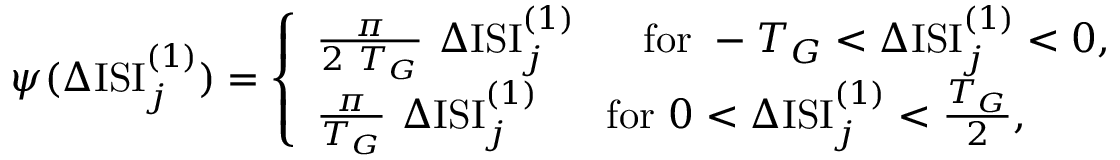
\psi ( \Delta \mathrm { I S I } _ { j } ^ { ( 1 ) } ) = \left\{ \begin{array} { l } { \frac { \pi } { 2 ~ T _ { G } } ~ \Delta \mathrm { I S I } _ { j } ^ { ( 1 ) } ~ ~ ~ ~ ~ \mathrm { f o r } ~ - { T _ { G } } < \Delta \mathrm { I S I } _ { j } ^ { ( 1 ) } < 0 , } \\ { \frac { \pi } { T _ { G } } ~ \Delta \mathrm { I S I } _ { j } ^ { ( 1 ) } ~ ~ ~ ~ ~ \mathrm { f o r } ~ 0 < \Delta \mathrm { I S I } _ { j } ^ { ( 1 ) } < { \frac { T _ { G } } { 2 } } , } \end{array} \right.